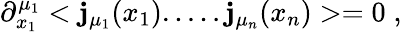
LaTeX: \partial_{x_{1}}^{\mu_{1}}<\mathbf{j}_{\mu_{1}}(x_{1}).....\mathbf{j}_{\mu_{n}}(x_{n})>=0\; ,